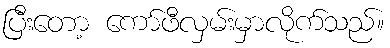
ပြီးတော့ ကော်ဖီလှမ်းမှာလိုက်သည်။